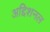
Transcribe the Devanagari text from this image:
अद्दिशनल